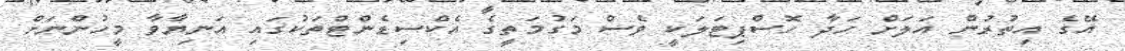
އޭގެ އިތުރުން އަލަށް ހަދާ ހޮސްޕިޓަލަކީ ވެސް މަގުމަތީގެ އެކްސިޑެންޓްތަކުގައި އަނިޔާވާ މީހުންނަށް